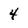
Character: 4